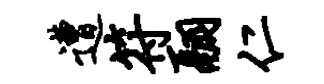
遭符翮仁